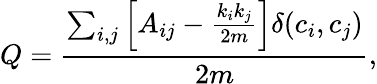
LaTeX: Q=\frac{\sum_{i,j}\left[A_{ij}-\frac{k_{i}k_{j}}{2m}\right]{\delta{(c_{i},c_{j})}}}{{2m}},